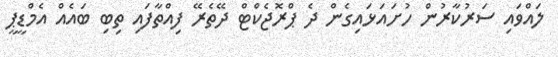
ލައްވައި ސަރުކާރުން ހުށައަޅައިގެން ދެ ޕްރޮޖެކްޓް ދޭތެރޭ ފިއްތާފައި ތިބި ބައެއް އެމްޑީޕީ